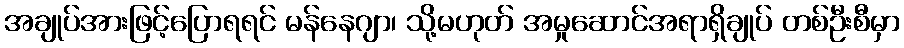
အချုပ်အားဖြင့်ပြောရရင် မန်နေဂျာ၊ သို့မဟုတ် အမှုဆောင်အရာရှိချုပ် တစ်ဦးစီမှာ